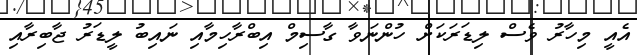
އެއީ މިހާރު ވެސް ލިޑަރަކަށް ހުންނަވާ ގާސިމް އިބްރާހިމާއި ނައިބު ލީޑަރު ޖާބިރާއި